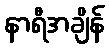
နာရီအချိန်